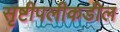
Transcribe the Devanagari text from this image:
सृष्टीपलीकडील